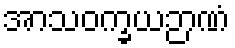
အာသဝက္ခယဉာဏံ